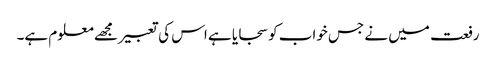
رفعت میں نے جس خواب کو سجایا ہے اس کی تعبیر مجھے معلوم ہے۔